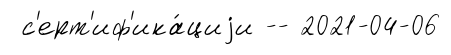
с'ерт'иф'ика́циjи -- 2021-04-06